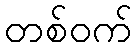
တစ်ဝက်